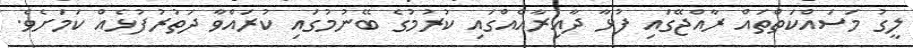
ލީގު މަސައްކަތްތައް ރާއްޖޭގައި ފުޅާ ދާއިރާއެއްގައި ކުރުމުގެ ބޭނުމުގައި ކުރައްވާ ދަތުރުފުޅެއް ކަމަށެވެ.